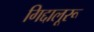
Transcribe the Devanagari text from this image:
गिद्दालूरू